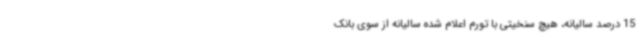
15 درصد سالیانه، هیچ سنخیتی با تورم اعلام شده سالیانه از سوی بانک